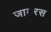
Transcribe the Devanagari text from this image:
जायरस